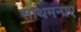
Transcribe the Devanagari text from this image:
साथमनाए